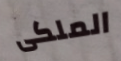
الملكى